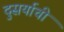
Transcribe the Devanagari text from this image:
दुसर्याची